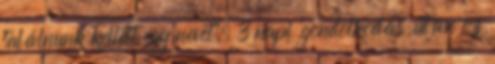
találnunk kellett egy nevet; 3 napi ’gondolkodás’ után ez